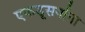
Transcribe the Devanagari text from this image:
एकडूसर्यांना